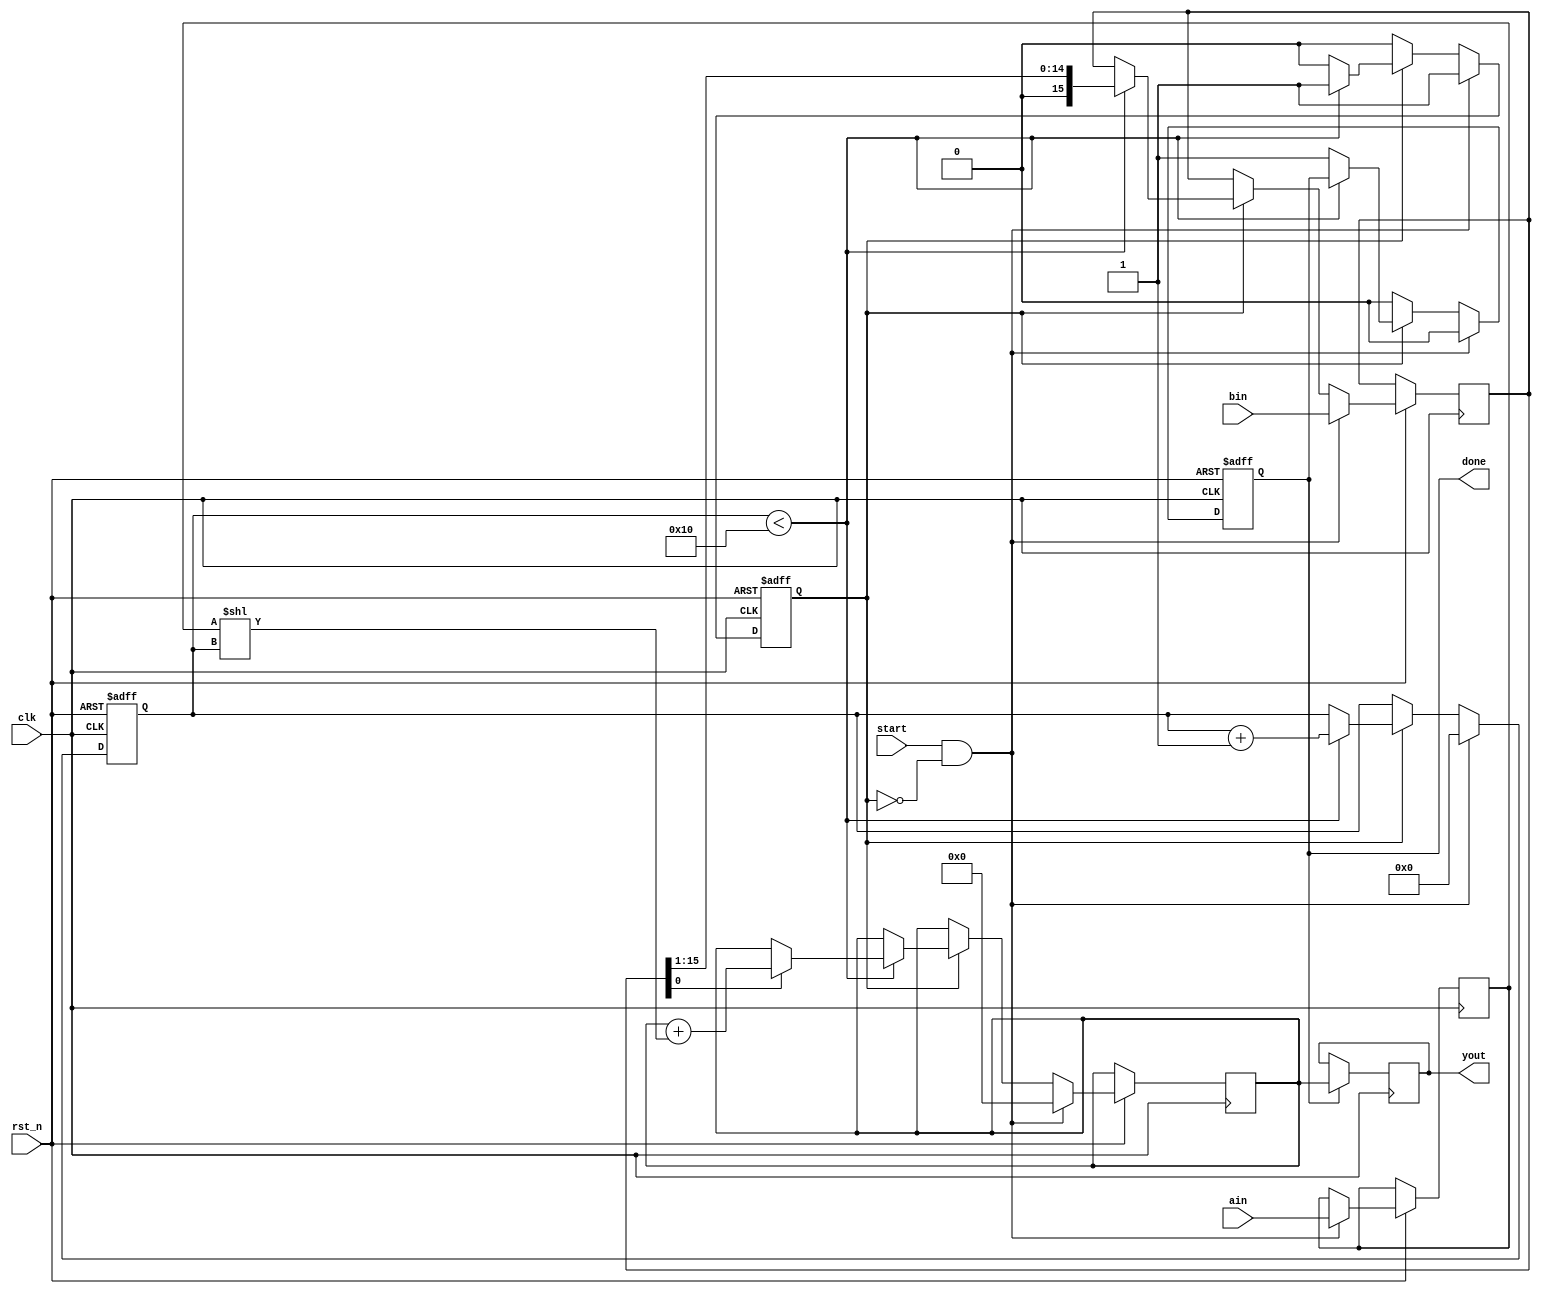
module multi_16bit (
    input wire clk,
    input wire rst_n,
    input wire start,
    input wire [15:0] ain,
    input wire [15:0] bin,
    output reg [31:0] yout,
    output reg done
);

    reg [31:0] product;
    reg [4:0] count;
    reg [15:0] multiplicand, multiplier;
    reg multiply_started;

    // Control logic for starting the multiplication
    always @(posedge clk or negedge rst_n) begin
        if (!rst_n) begin
            multiply_started <= 1'b0;
            count <= 5'b0;
            done <= 1'b0;
        end else if (start && !multiply_started) begin
            multiply_started <= 1'b1;
            multiplicand <= ain;
            multiplier <= bin;
            product <= 32'b0;
            count <= 5'b0;
            done <= 1'b0;
        end else if (multiply_started) begin
            if (count < 16) begin
                // Shift and accumulate
                if (multiplier[0]) begin
                    product <= product + (multiplicand << count);
                end
                multiplier <= multiplier >> 1;
                count <= count + 1;
            end else begin
                // Finish the multiplication
                multiply_started <= 1'b0;
                done <= 1'b1;
            end
        end else if (done) begin
            done <= 1'b0; // Clear the done flag once multiplication is complete
        end
    end

    // Assign the product to the output
    always @(posedge clk) begin
        if (done) begin
            yout <= product; // Output the final product
        end
    end

endmodule